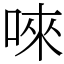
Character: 唻